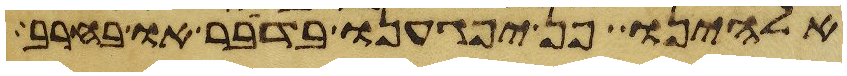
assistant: אלהינו פן יפגענו בדבר או בחרב